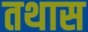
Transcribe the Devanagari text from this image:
तथास